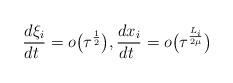
LaTeX: \begin{align*}{\frac{d\xi_i}{dt\ }}=o\bigl(\tau ^{\frac{1}{2}}\bigr),{\frac{dx_i}{dt\ }}= o\bigl(\tau ^{\frac{L_i}{2\mu}}\bigr)\end{align*}